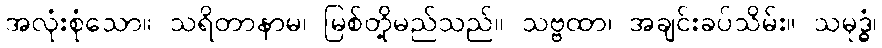
အလုံးစုံသော။ သရိတာနာမ၊ မြစ်တို့မည်သည်။ သဗ္ဗထာ၊ အချင်းခပ်သိမ်း။ သမုဒ္ဓံ၊